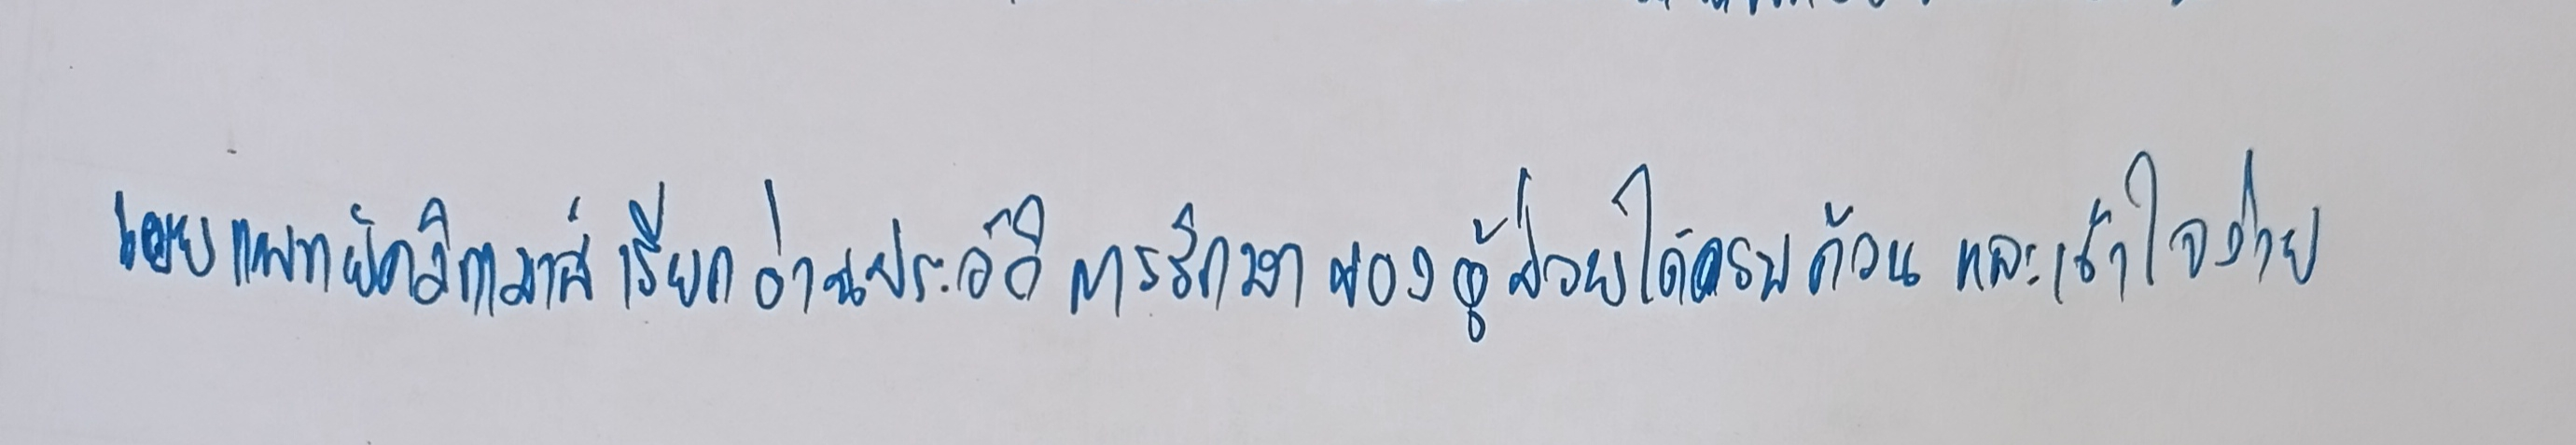
เผยแพทย์คลิกเมาส์เรียกอ่านประวัติการรักษาของผู้ป่วยได้ครบถ้วนและเข้าใจง่าย